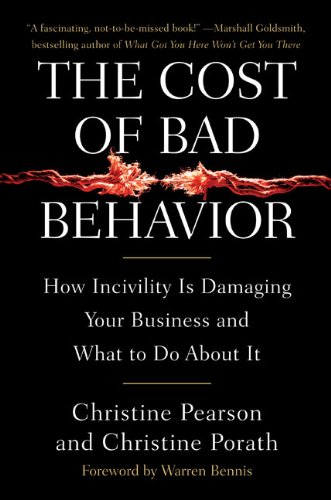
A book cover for The Cost of Bad Behavior: How Incivility Is Damaging Your Business and What to Do About It; Christine Pearson; Business & Money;